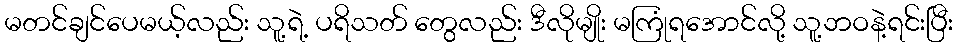
မတင်ချင်ပေမယ့်လည်း သူ့ရဲ့ ပရိသတ် တွေလည်း ဒီလိုမျိုး မကြုံရအောင်လို့ သူ့ဘဝနဲ့ရင်းပြီး